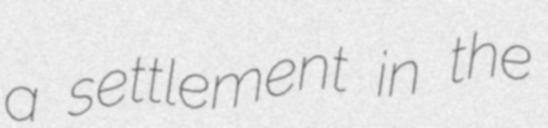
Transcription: a settlement in the